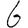
Digit: 6